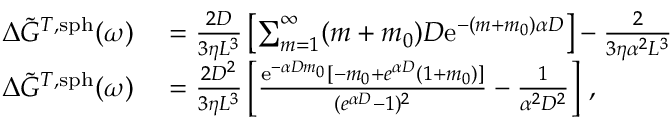
\begin{array} { r l } { \Delta \Tilde { G } ^ { T , \mathrm { s p h } } ( \omega ) } & { { } = \frac { 2 D } { 3 \eta L ^ { 3 } } \left[ \sum _ { m = 1 } ^ { \infty } ( m + m _ { 0 } ) D \mathrm { e } ^ { - ( m + m _ { 0 } ) \alpha D } \right] - \frac { 2 } { 3 \eta \alpha ^ { 2 } L ^ { 3 } } } \\ { \Delta \Tilde { G } ^ { T , \mathrm { s p h } } ( \omega ) } & { { } = \frac { 2 D ^ { 2 } } { 3 \eta L ^ { 3 } } \left[ \frac { \mathrm { e } ^ { - \alpha D m _ { 0 } } [ - m _ { 0 } + e ^ { \alpha D } ( 1 + m _ { 0 } ) ] } { ( { e } ^ { \alpha D } - 1 ) ^ { 2 } } - \frac { 1 } { \alpha ^ { 2 } D ^ { 2 } } \right] \, , } \end{array}